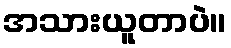
အသားယူတာပဲ။